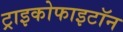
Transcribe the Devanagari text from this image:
ट्राइकोफाइटॉन